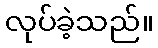
လုပ်ခဲ့သည်။